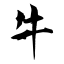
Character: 牛